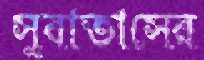
সুবাতাসের